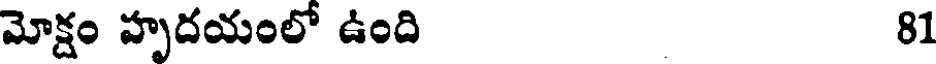
మోక్షం హృదయంలో ఉంది 81